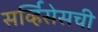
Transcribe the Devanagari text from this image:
सर्व्हिसेसची